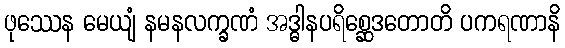
ဖုဿေန မေယျံ နမနလက္ခဏံ အဒ္ဓါနပရိစ္ဆေဒတောတိ ပကရဏာနိ